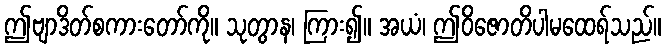
ဤဗျာဒိတ်စကားတော်ကို။ သုတွာန၊ ကြား၍။ အယံ၊ ဤဝိဇောတိပါမထေရ်သည်။